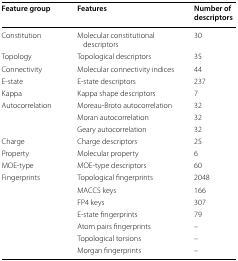
<table><thead><tr><td><b>Feature group</b></td><td><b>Features</b></td><td><b>Number of descriptors</b></td></tr></thead><tbody><tr><td>Constitution</td><td>Molecular constitutional descriptors</td><td>30</td></tr><tr><td>Topology</td><td>Topological descriptors</td><td>35</td></tr><tr><td>Connectivity</td><td>Molecular connectivity indices</td><td>44</td></tr><tr><td>E-state</td><td>E-state descriptors</td><td>237</td></tr><tr><td>Kappa</td><td>Kappa shape descriptors</td><td>7</td></tr><tr><td rowspan="3">Autocorrelation</td><td>Moreau-Broto autocorrelation</td><td>32</td></tr><tr><td>Moran autocorrelation</td><td>32</td></tr><tr><td>Geary autocorrelation</td><td>32</td></tr><tr><td>Charge</td><td>Charge descriptors</td><td>25</td></tr><tr><td>Property</td><td>Molecular property</td><td>6</td></tr><tr><td>MOE-type</td><td>MOE-type descriptors</td><td>60</td></tr><tr><td rowspan="7">Fingerprints</td><td>Topological fingerprints</td><td>2048</td></tr><tr><td>MACCS keys</td><td>166</td></tr><tr><td>FP4 keys</td><td>307</td></tr><tr><td>E-state fingerprints</td><td>79</td></tr><tr><td>Atom pairs fingerprints</td><td>–</td></tr><tr><td>Topological torsions</td><td>–</td></tr><tr><td>Morgan fingerprints</td><td>–</td></tr></tbody></table>